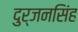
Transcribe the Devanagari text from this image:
दुर्जनसिंह